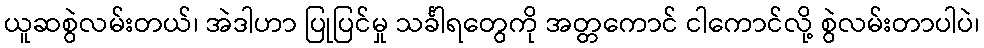
ယူဆစွဲလမ်းတယ်၊ အဲဒါဟာ ပြုပြင်မှု သင်္ခါရတွေကို အတ္တကောင် ငါကောင်လို့ စွဲလမ်းတာပါပဲ၊